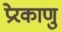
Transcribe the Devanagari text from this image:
प्रेरकाणु